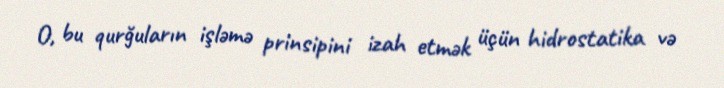
O, bu qurğuların işləmə prinsipini izah etmək üçün hidrostatika və